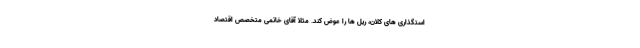
استگذاری های کلان، ریل ها را عوض کند. مثلا آقای خاتمی متخصص اقتصاد